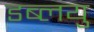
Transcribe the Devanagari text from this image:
डब्लयु